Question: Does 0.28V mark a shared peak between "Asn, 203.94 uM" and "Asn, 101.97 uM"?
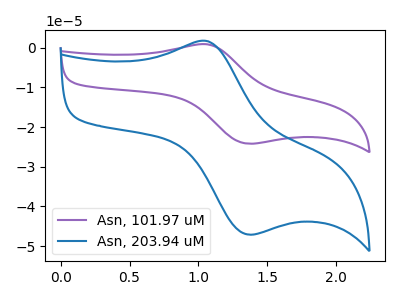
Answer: <think>The purple curve "Asn, 101.97 uM" has an anodic peak at (1.05V, 0.85uA) and a cathodic peak at (1.40V, -24.20uA). The blue curve "Asn, 203.94 uM" has an anodic peak at (1.05V, 1.65uA) and a cathodic peak at (1.40V, -47.10uA).</think>
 <answer>No, "Asn, 203.94 uM" and "Asn, 101.97 uM" dont share a peak at 0.28V.</answer>
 <eval>mismatch</eval>